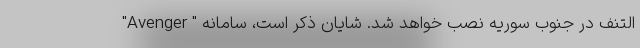
التنف در جنوب سوریه نصب خواهد شد. شایان ذکر است، سامانه " Avenger"